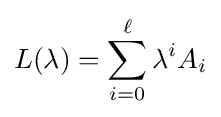
L(\lambda )=\sum _{i=0}^{\ell }\lambda ^{i}A_{i}